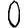
Digit: 0